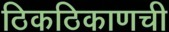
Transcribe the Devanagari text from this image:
ठिकठिकाणची